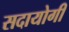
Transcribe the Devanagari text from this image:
सदायोगी